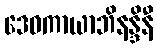
ဒေဝကာယာဘိနန္ဒိနီ